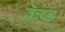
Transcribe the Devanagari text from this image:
कॅप्ड